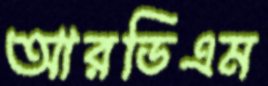
আরডিএম